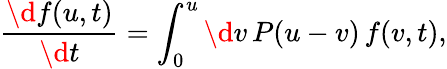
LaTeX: \frac{\d f(u,t)}{\d t}=\int_{0}^{u}\d v\, P(u-v)\, f(v,t),